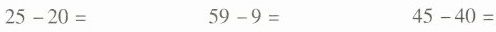
$$2 5 - 2 0 =$$ $$5 9 - 9 =$$ $$4 5 - 4 0 =$$